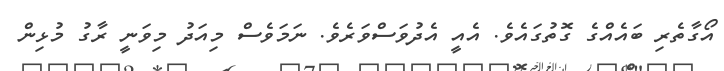
އޯގާތެރި ބައެއްގެ ގޮތުގައެވެ. އެއީ އެދުވަސްވަރެވެ. ނަމަވެސް މިއަދު މިވަނީ ރާގު މުޅިން